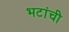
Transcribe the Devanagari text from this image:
भटांची